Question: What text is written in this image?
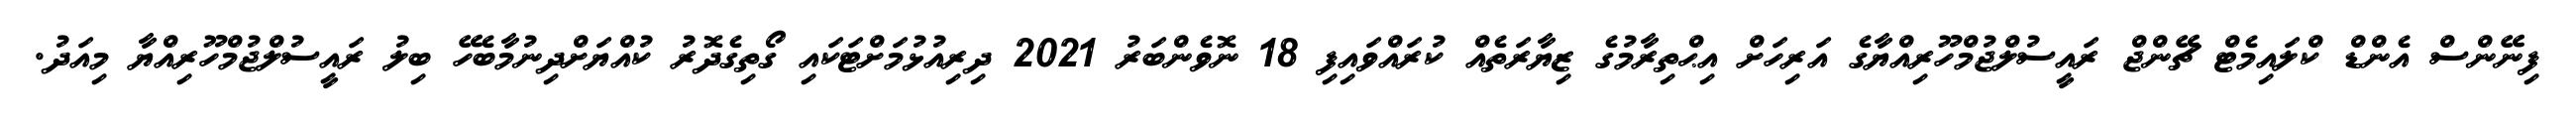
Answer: ފިނޭންސް އެންޑް ކްލައިމެޓް ޗޭންޖް ރައީސުލްޖުމްހޫރިއްޔާގެ އަރިހަށް އިޙްތިރާމުގެ ޒިޔާރަތެއް ކުރައްވައިފި 18 ނޮވެންބަރު 2021 ދިރިއުޅުމަށްޓަކައި ގޯތިގެދޮރު ކުއްޔަށްދިނުމާބެހޭ ބިލު ރައީސުލްޖުމްހޫރިއްޔާ މިއަދު.